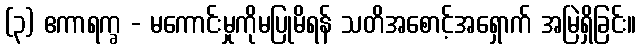
(၃) ဧကာရက္ခ - မကောင်းမှုကိုမပြုမိရန် သတိအစောင့်အရှောက် အမြဲရှိခြင်း။